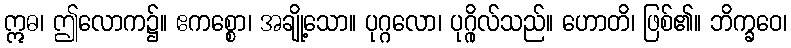
ဣဓ၊ ဤလောက၌။ ဧကစ္စော၊ အချို့သော။ ပုဂ္ဂလော၊ ပုဂ္ဂိုလ်သည်။ ဟောတိ၊ ဖြစ်၏။ ဘိက္ခဝေ၊